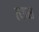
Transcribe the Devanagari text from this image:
त्‍यास